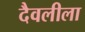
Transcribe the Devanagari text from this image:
दैवलीला